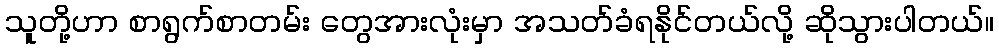
သူတို့ဟာ စာရွက်စာတမ်း တွေအားလုံးမှာ အသတ်ခံရနိုင်တယ်လို့ ဆိုသွားပါတယ်။